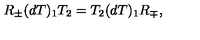
R _ { \pm } ( d T ) _ { 1 } T _ { 2 } = T _ { 2 } ( d T ) _ { 1 } R _ { \mp } ,